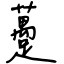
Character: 躉